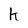
Character: k